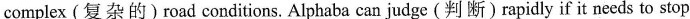
complex(复杂的)road conditions. Alphaba can judge(判断)rapidly if it needs to stop